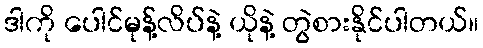
ဒါကို ပေါင်မုန့်လိပ်နဲ့ ယိုနဲ့ တွဲစားနိုင်ပါတယ်။